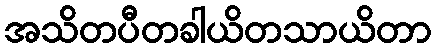
အသိတပီတခါယိတသာယိတာ